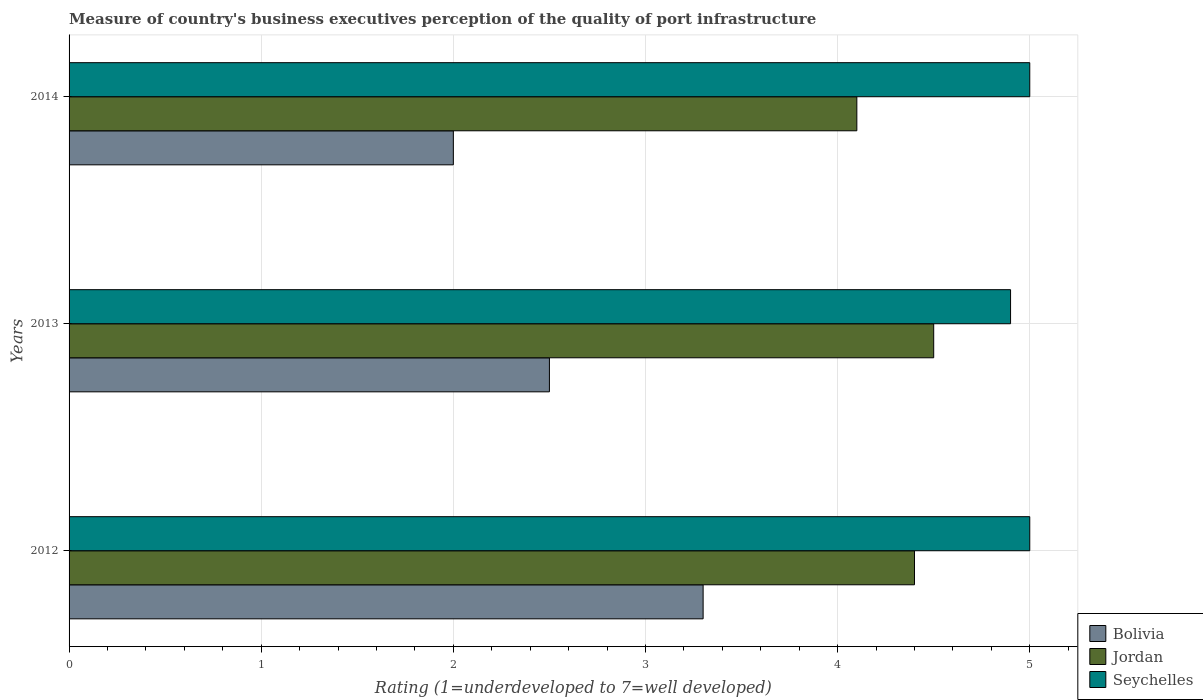
| Years | Bolivia | Jordan | Seychelles |
 | --- | --- | --- | --- |
 | 2012 | 3.3 | 4.4 | 5 |
 | 2013 | 2.5 | 4.5 | 4.9 |
 | 2014 | 2 | 4.1 | 5 |